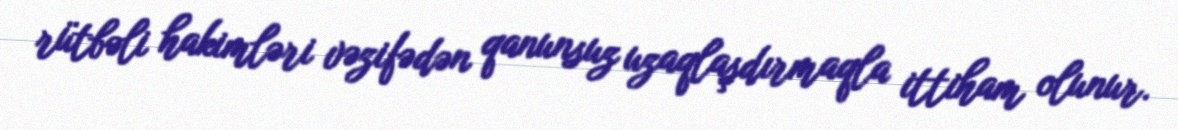
rütbəli hakimləri vəzifədən qanunsuz uzaqlaşdırmaqla ittiham olunur.